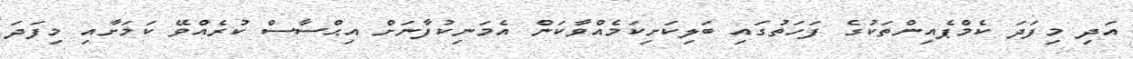
އަދި މިފަދަ ކެމްޕެއިންތަކުގެ ފަހަތުގައި ބަލިކަށިކަމެއްވާކަން އެމަނިކުފާނަށް އިޙްސާސް ކުރެއްވޭ ކަމަށާއި މިފަދަ